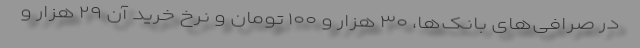
در صرافی‌های بانک‌ها، ۳۰ هزار و ۱۰۰ تومان و نرخ خرید آن ۲۹ هزار و